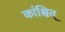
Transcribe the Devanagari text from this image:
कांश्चित्